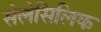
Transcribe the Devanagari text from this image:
सेलेसिलिक